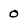
Character: 0